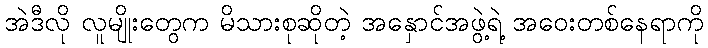
အဲဒီလို လူမျိုးတွေက မိသားစုဆိုတဲ့ အနှောင်အဖွဲ့ရဲ့ အဝေးတစ်နေရာကို